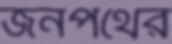
জনপথের